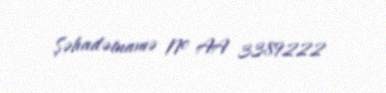
Şəhadətnamə № AA 3389222